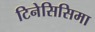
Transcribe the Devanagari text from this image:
टिनेसिसिमा